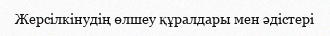
Жерсілкінудің өлшеу құралдары мен әдістері